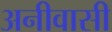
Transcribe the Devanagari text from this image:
अनीवासी